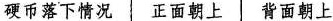
硬币落下情况 正面朝上 背面朝上